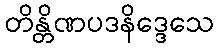
တိန္တိဏပဒနိဒ္ဒေသေ